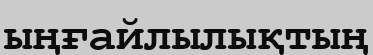
ыңғайлылықтың